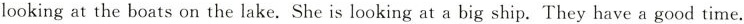
looking at the boats on the lake. She is looking at a big ship. They have a good time.